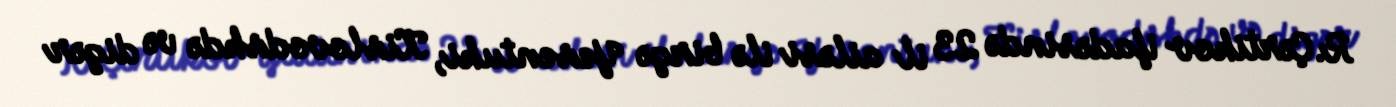
R.Çərtikov ifadəsində 23 il ailəsi ilə birgə Yesentuki, Kislovodskdə və digər